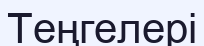
Теңгелері